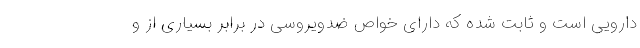
دارویی است و ثابت شده که دارای خواص ضدویروسی در برابر بسیاری از و